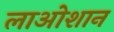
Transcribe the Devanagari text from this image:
लाओशान